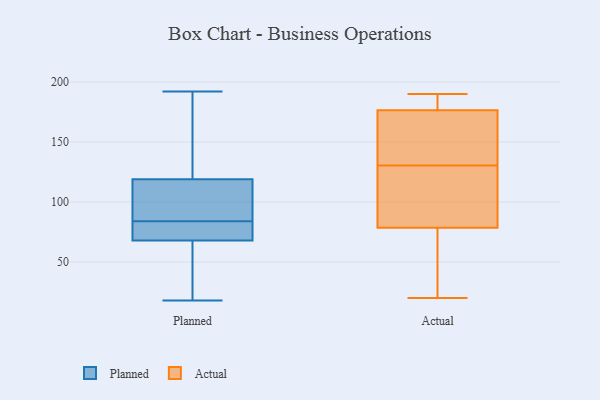
{"axis": {"x": "Budget (USD K)", "y": "Value"}, "legend": ["Actual", "Planned"], "data": [{"x": "", "y": 62, "type": "Planned"}, {"x": "", "y": 70, "type": "Planned"}, {"x": "", "y": 77, "type": "Planned"}, {"x": "", "y": 119, "type": "Planned"}, {"x": "", "y": 110, "type": "Planned"}, {"x": "", "y": 68, "type": "Planned"}, {"x": "", "y": 192, "type": "Planned"}, {"x": "", "y": 18, "type": "Planned"}, {"x": "", "y": 168, "type": "Planned"}, {"x": "", "y": 91, "type": "Planned"}, {"x": "", "y": 20, "type": "Actual"}, {"x": "", "y": 170, "type": "Actual"}, {"x": "", "y": 128, "type": "Actual"}, {"x": "", "y": 103, "type": "Actual"}, {"x": "", "y": 24, "type": "Actual"}, {"x": "", "y": 103, "type": "Actual"}, {"x": "", "y": 145, "type": "Actual"}, {"x": "", "y": 190, "type": "Actual"}, {"x": "", "y": 133, "type": "Actual"}, {"x": "", "y": 54, "type": "Actual"}, {"x": "", "y": 183, "type": "Actual"}, {"x": "", "y": 190, "type": "Actual"}]}